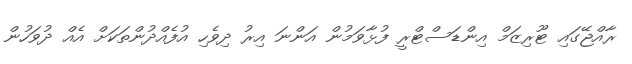
ރާއްޖޭގައި ޓޫރިޒަމް އިންޑަސްޓްރީ ފުޅާވަމުން އަންނަ އިރު ދިވެހި އުފެއްދުންތަކަށް އެއް ދުވަހުން